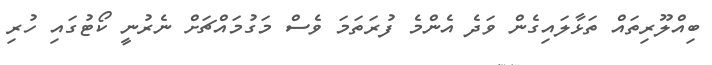
ބިއްލޫރިތައް ތަޅާލައިގެން ވަދެ އެންމެ ފުރަތަމަ ވެސް މަގުމައްޗަށް ނެރުނީ ކޯޓުގައި ހުރި